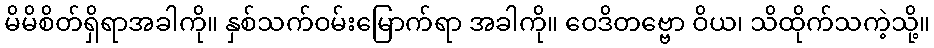
မိမိစိတ်ရှိရာအခါကို။ နှစ်သက်ဝမ်းမြောက်ရာ အခါကို။ ဝေဒိတဗ္ဗော ဝိယ၊ သိထိုက်သကဲ့သို့။